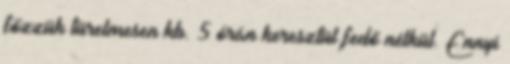
főzzük türelmesen kb. 5 órán keresztül fedő nélkül. Ennyi